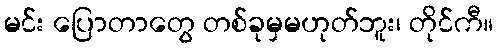
မင်း ပြောတာတွေ တစ်ခုမှမဟုတ်ဘူး၊ တိုင်ကီ။